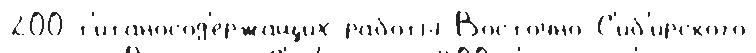
200 т'итаносод'ержащих рабо́ты Восто́чно-С'иб'и́рского